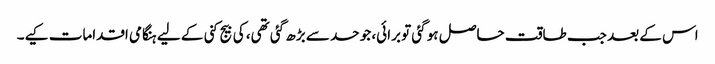
اس کے بعد جب طاقت حاصل ہو گئی تو برائی، جو حد سے بڑھ گئی تھی، کی بیج کنی کے لیے ہنگامی اقدامات کیے۔